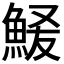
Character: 𫙞